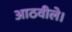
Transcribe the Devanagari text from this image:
आठवीले।